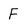
Character: F